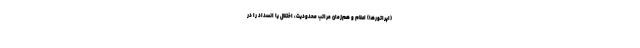
(اپراتورها) اعلام و هم‌زمان مراتب محدودیت، اختلال یا انسداد را در